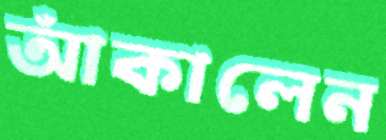
আঁকালেন